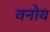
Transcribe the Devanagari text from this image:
वनोय